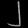
Digit: ၂